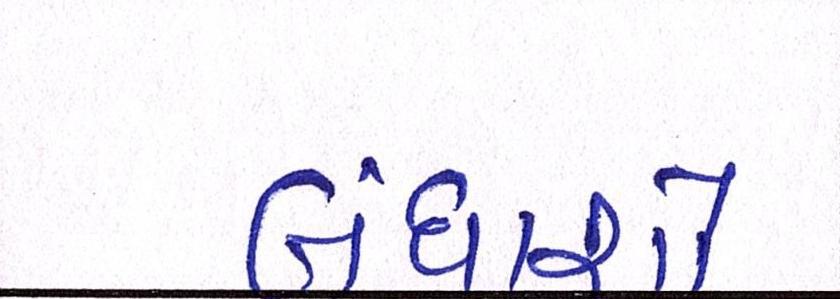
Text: બંધાશો